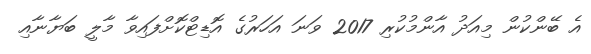
އެ ބޭންކުން މިއަދު އާންމުކުރި 2017 ވަނަ އަހަރުގެ އޮޑިޓްކޮށްފައިވާ މާލީ ބަޔާނާއި